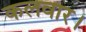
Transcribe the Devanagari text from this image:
कलवार।